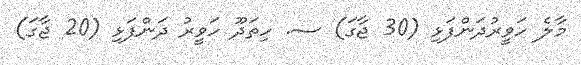
މާލެ ހަވީރުދަންފަޅި (30 ޖާގަ) ސ. ހިތަދޫ ހަވީރު ދަންފަޅި (20 ޖާގަ)